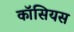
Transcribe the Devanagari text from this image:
कॉसियस